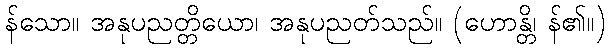
န်သော။ အနုပညတ္တိယော၊ အနုပညတ်သည်။ (ဟောန္တိ၊ န်၏။)